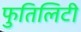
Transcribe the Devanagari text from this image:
फुतिलिटी